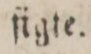
ſigte.